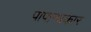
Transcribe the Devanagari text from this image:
पापान्धकार